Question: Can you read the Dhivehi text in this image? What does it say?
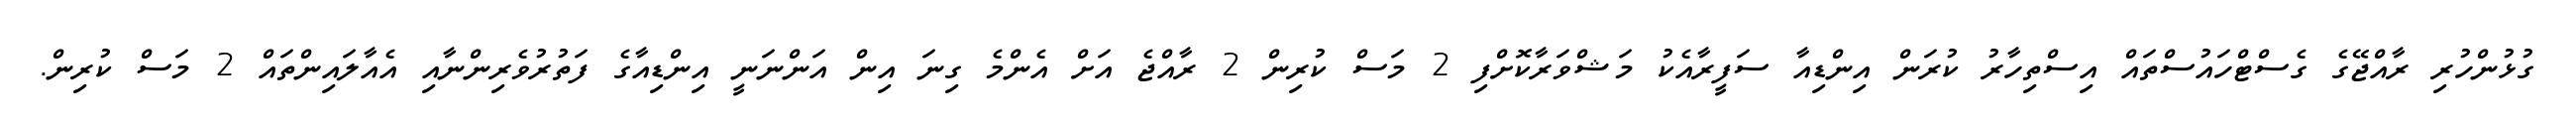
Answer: ގުޅުންހުރި ރާއްޖޭގެ ގެސްޓްހައުސްތައް އިސްތިހާރު ކުރަން އިންޑިއާ ސަފީރާއެކު މަޝްވަރާކޮށްފި 2 މަސް ކުރިން 2 ރާއްޖެ އަށް އެންމެ ގިނަ އިން އަންނަނީ އިންޑިއާގެ ފަތުރުވެރިންނާއި އެއާލައިންތައް 2 މަސް ކުރިން.